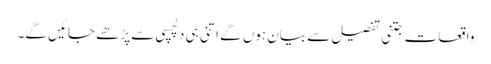
واقعات جتنی تفصیل سے بیان ہوں گے اتنی ہی دلچسپی سے پڑھے جائیں گے۔